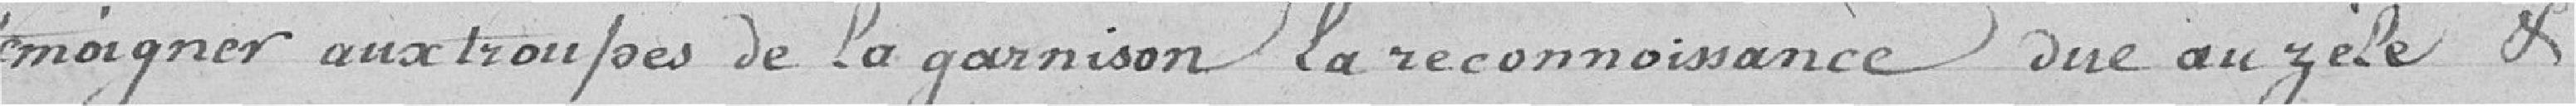
témoigner aux troupes de la garnison la reconnaissance due au zèle de